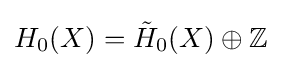
H_{0}(X)={\tilde {H}}_{0}(X)\oplus \mathbb {Z}